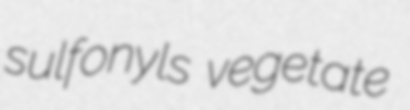
sulfonyls vegetate